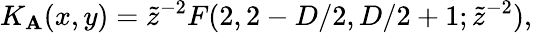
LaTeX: K_{\mathbf{A}}(x,y)=\tilde{{z}}^{-2}F(2,2-D/2,D/2+1;\tilde{{z}}^{-2}),\,